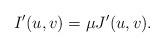
LaTeX: \begin{align*}I'(u,v)=\mu J'(u,v).\end{align*}